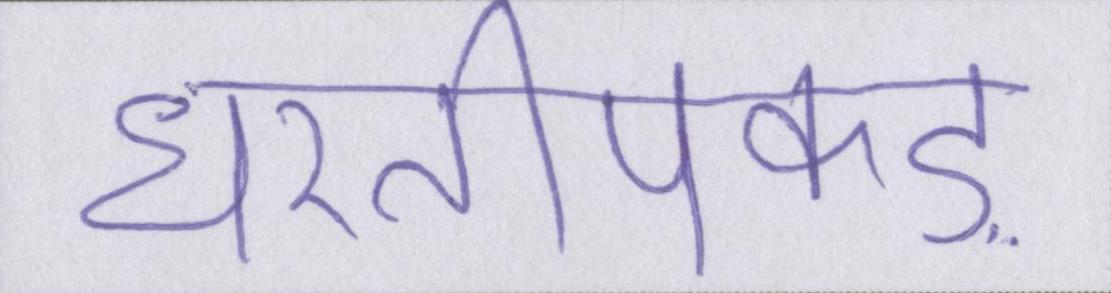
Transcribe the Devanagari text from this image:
धरतीपकड़